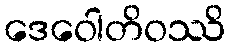
ဒေဝေါတိဝဿိ